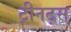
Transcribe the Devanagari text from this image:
ट्रीनट्स